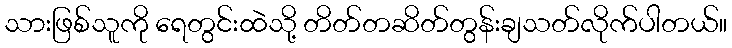
သားဖြစ်သူကို ရေတွင်းထဲသို့ တိတ်တဆိတ်တွန်းချသတ်လိုက်ပါတယ်။